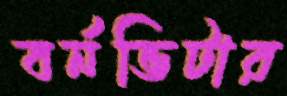
বর্নভিটার